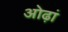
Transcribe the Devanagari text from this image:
ओढ़ां